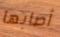
أصابها